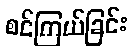
စင်ကြယ်ခြင်း